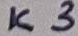
Text: K3